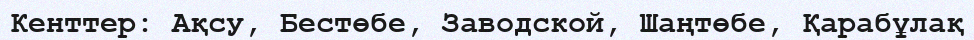
Кенттер: Ақсу, Бестөбе, Заводской, Шаңтөбе, Қарабұлақ